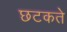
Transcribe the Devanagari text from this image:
छटकते